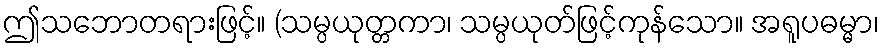
ဤသဘောတရားဖြင့်။ (သမ္ပယုတ္တကာ၊ သမ္ပယုတ်ဖြင့်ကုန်သော။ အရူပဓမ္မာ၊